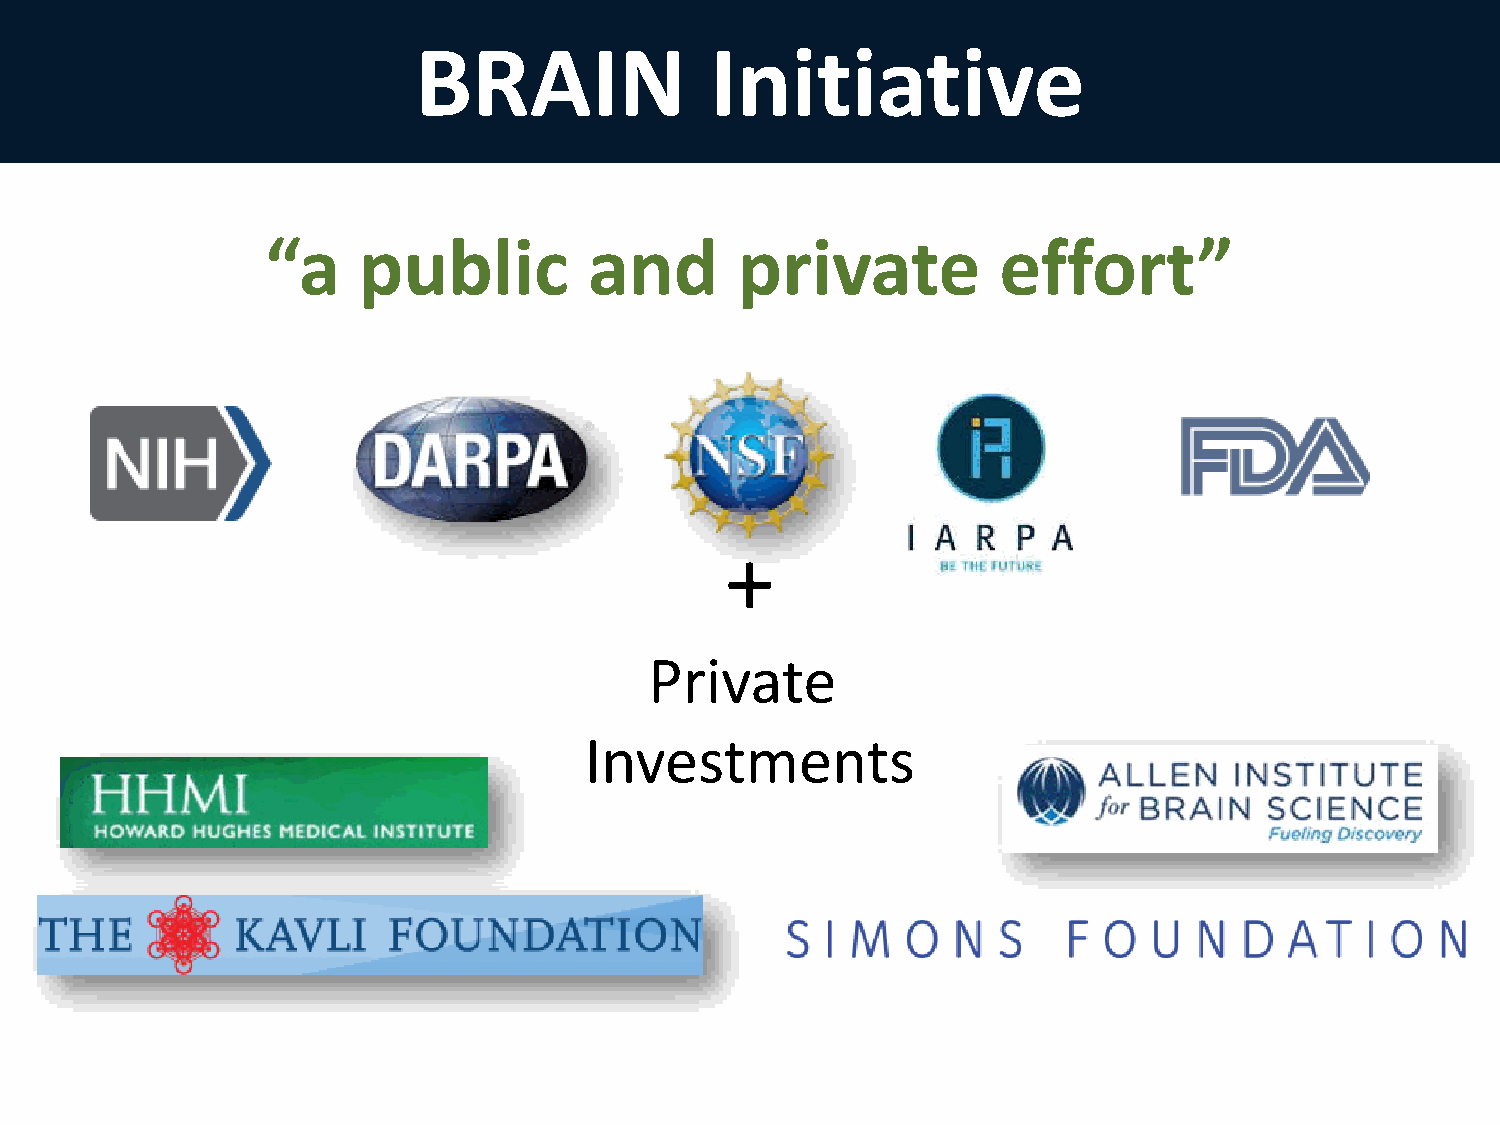
BRAIN               Initiative
 “a    public         and       private          effort”
 +
 Private
 Investments